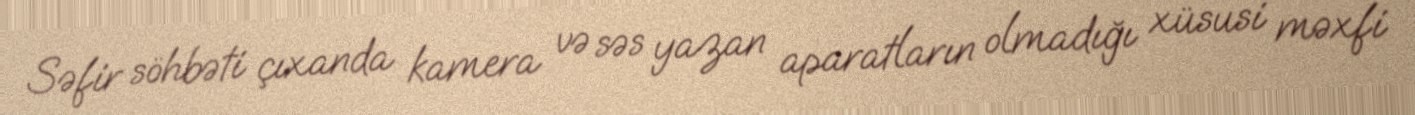
Səfir söhbəti çıxanda kamera və səs yazan aparatların olmadığı xüsusi məxfi